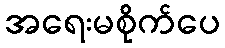
အရေးမစိုက်ပေ